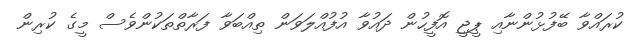
ކުރައްވާ ބޭފުޅުންނާއި ޕީޖީ އޮފީހުން ދައުވާ އުފުއްލަވަން ތިއްބަވާ ފަރާތްތަކުންވެސް މީގެ ކުރިން